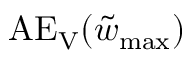
\mathrm { A E _ { V } } ( \tilde { w } _ { \mathrm { m a x } } )